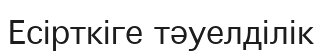
Есірткіге тәуелділік